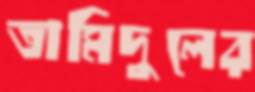
তামিদুলের